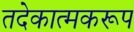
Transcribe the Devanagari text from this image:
तदेकात्मकरूप